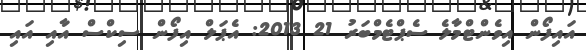
އައިފޯން އިވެންޓްމާލެ ސެޕްޓެމްބަރު 21 2013: އެޕަލް އިފޯން ސިކްސް އާއި އައި